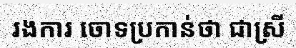
រងការ ចោទប្រកាន់ថា ជាស្រី